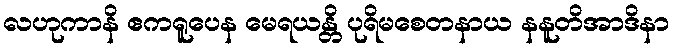
လဟုကာနိ ဧကရူပေန မေရယန္တိ ပုရိမစေတနာယ နနူတိအာဒိနာ